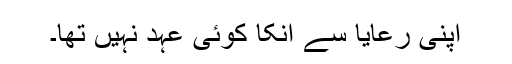
اپنی رعایا سے انکا کوئی عہد نہیں تھا۔